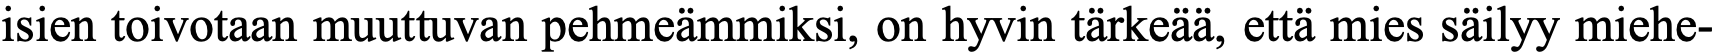
isien toivotaan muuttuvan pehmeämmiksi, on hyvin tärkeää, että mies säilyy miehe-